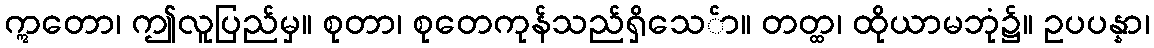
ဣတော၊ ဤလူပြည်မှ။ စုတာ၊ စုတေကုန်သည်ရှိသေ်ာ။ တတ္ထ၊ ထိုယာမဘုံ၌။ ဥပပန္နာ၊